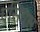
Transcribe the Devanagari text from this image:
एसिएस